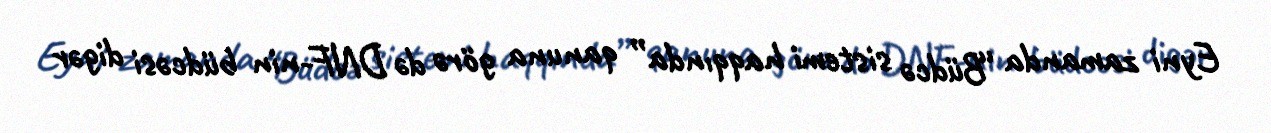
Eyni zamanda “Büdcə sistemi haqqında” qanuna görə də DNF-nin büdcəsi digər